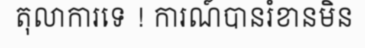
តុលាការទេ ! ការណ៍បានរំខានមិន